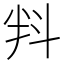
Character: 㪵